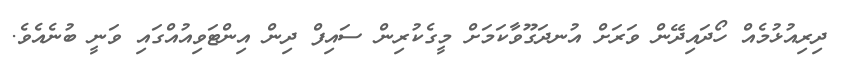
ދިރިއުޅުމެއް ހޯދައިދޭން ވަރަށް އުނދަގޫވާކަމަށް މީގެކުރިން ސައިފް ދިން އިންޓަވިއުއްގައި ވަނީ ބުނެއެވެ.